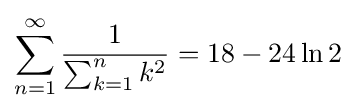
\sum _{n=1}^{\infty }{\frac {1}{\sum _{k=1}^{n}k^{2}}}=18-24\ln 2